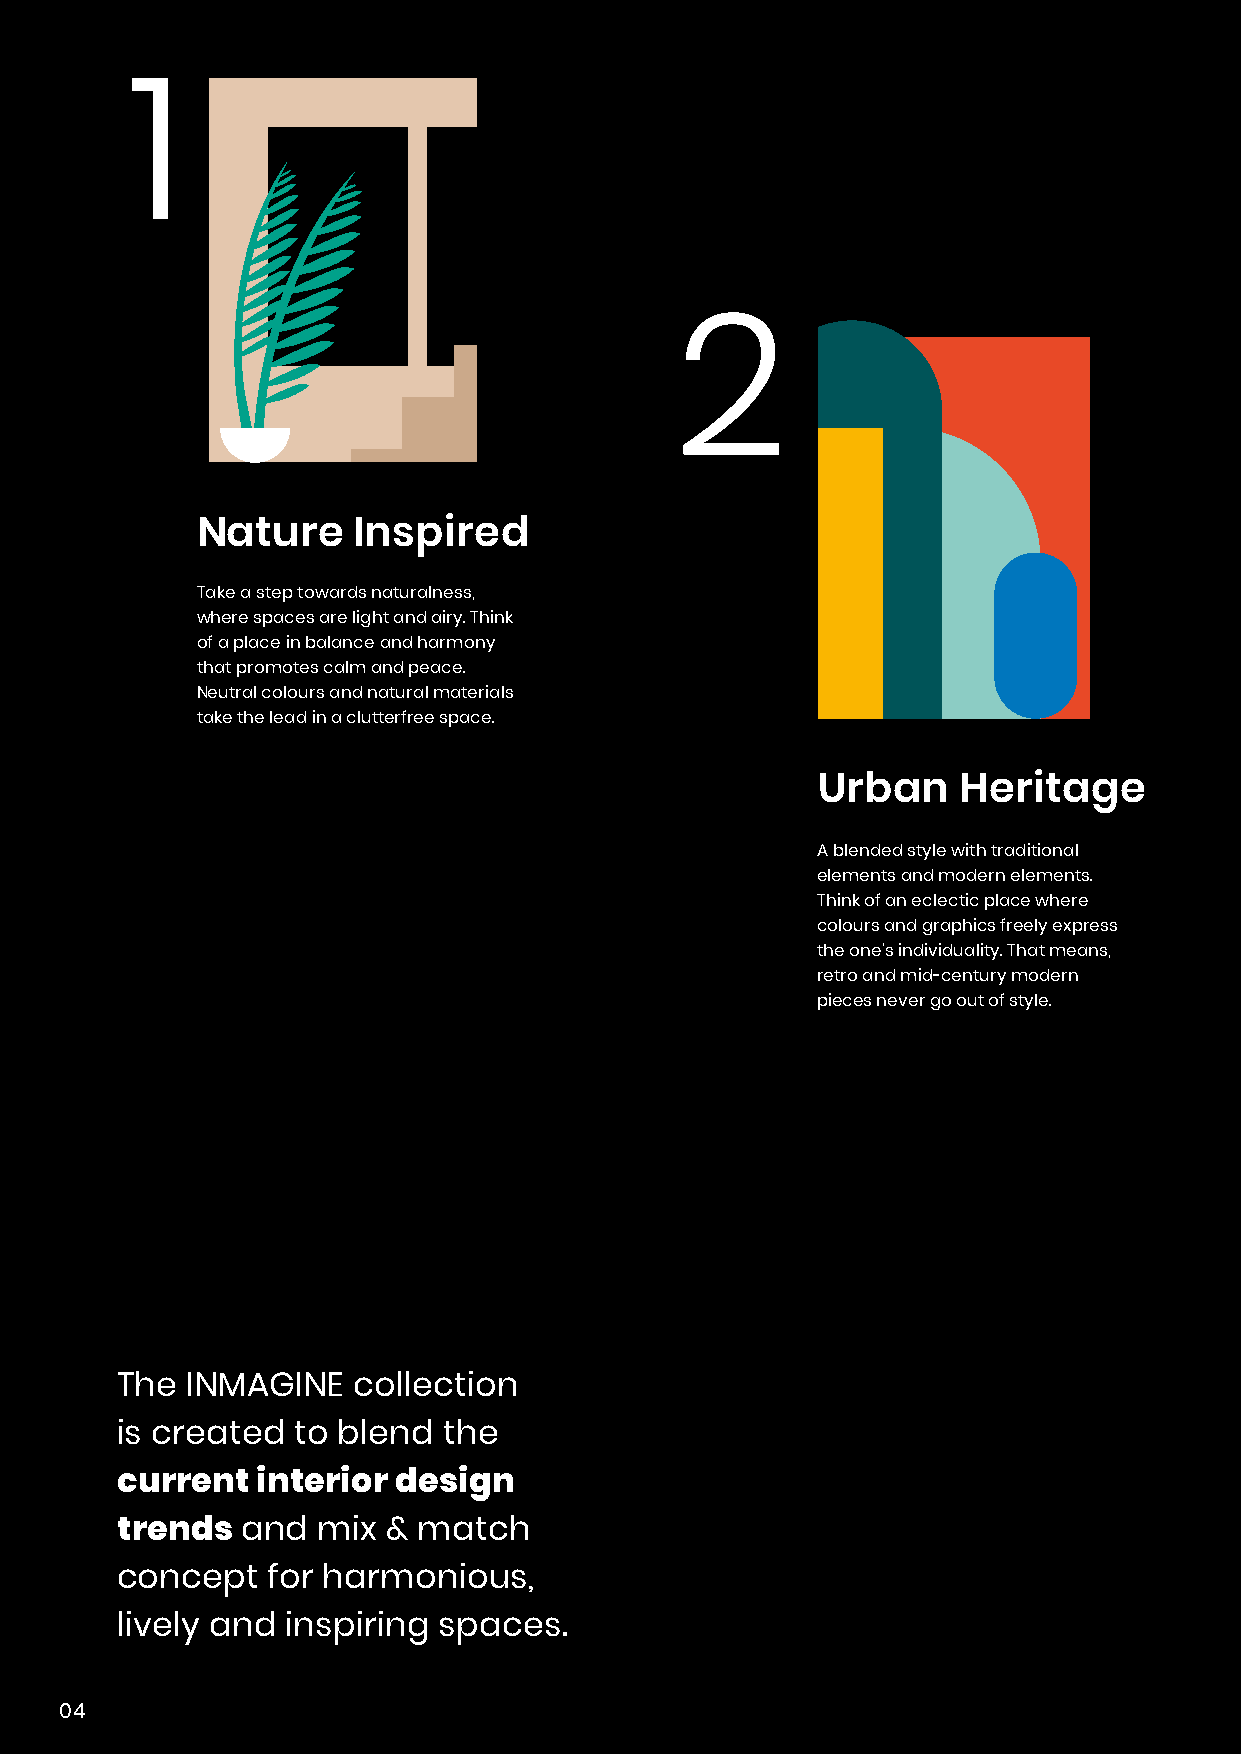
1
 2
 Nature    Inspired
 Take a step towards naturalness,
 where spaces are light and airy. Think
 of a place in balance and harmony
 that promotes calm and peace.
 Neutral colours and natural materials
 take the lead in a clutterfree space.
 Urban     Heritage
 A blended style with traditional
 elements and modern elements.
 Think of an eclectic place where
 colours and graphics freely express
 the one’s individuality. That means,
 retro and mid-century modern
 pieces never go out of style.
 The INMAGINE   collection
 is created  to blend the
 current  interior design
 trends  and  mix  & match
 concept   for harmonious,
 lively and inspiring spaces.
 04